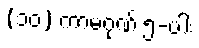
(၁၀) ကာမဂုဏ် ၅-ပါး